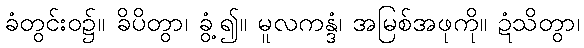
ခံတွင်းဝ၌။ ခိပိတွာ၊ ခွံ့၍။ မူလကန္ဒံ၊ အမြစ်အဖုကို။ ဍံသိတွာ၊